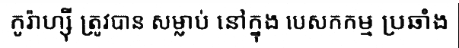
កូរ៉ាហ្ស៊ី ត្រូវបាន សម្លាប់ នៅក្នុង បេសកកម្ម ប្រឆាំង